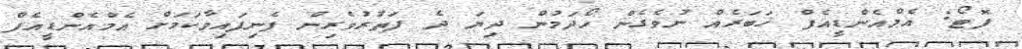
ފޮޓޯ: އެމްއެންޑީއެފް ޚަބަރެއް ނުވެގެން ހޯދަމުން ދިޔަ ދެ ފަތުުރުވެރިން ފެނިފައިވާކަމަށް އެމްއެންޑީއެފް